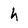
Character: h